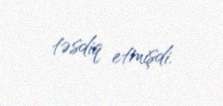
təsdiq etmişdi.